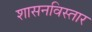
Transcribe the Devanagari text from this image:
शासनविस्तार